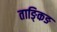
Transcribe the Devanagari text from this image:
ताङ्किङ